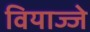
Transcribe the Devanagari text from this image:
वियाज्जे